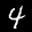
Label: 4